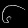
Digit: ၆